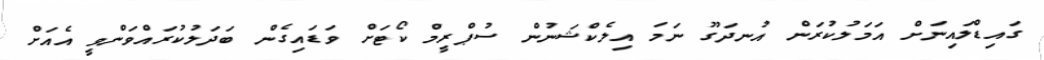
ގައިޑްލައިނަށް އަމަލުކުރަން އުނދަގޫ ނަމަ އިލެކްޝަނުން ސުޕްރީމް ކޯޓަށް ވަޑައިގެން ބަދަލުކުރައްވަންވީ އެއަށް